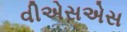
વીએસએસ